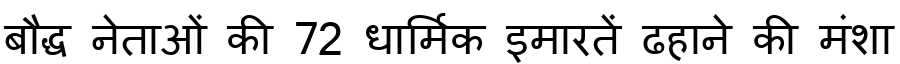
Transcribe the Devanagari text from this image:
बौद्ध नेताओं की 72 धार्मिक इमारतें ढहाने की मंशा